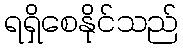
ရရှိစေနိုင်သည်